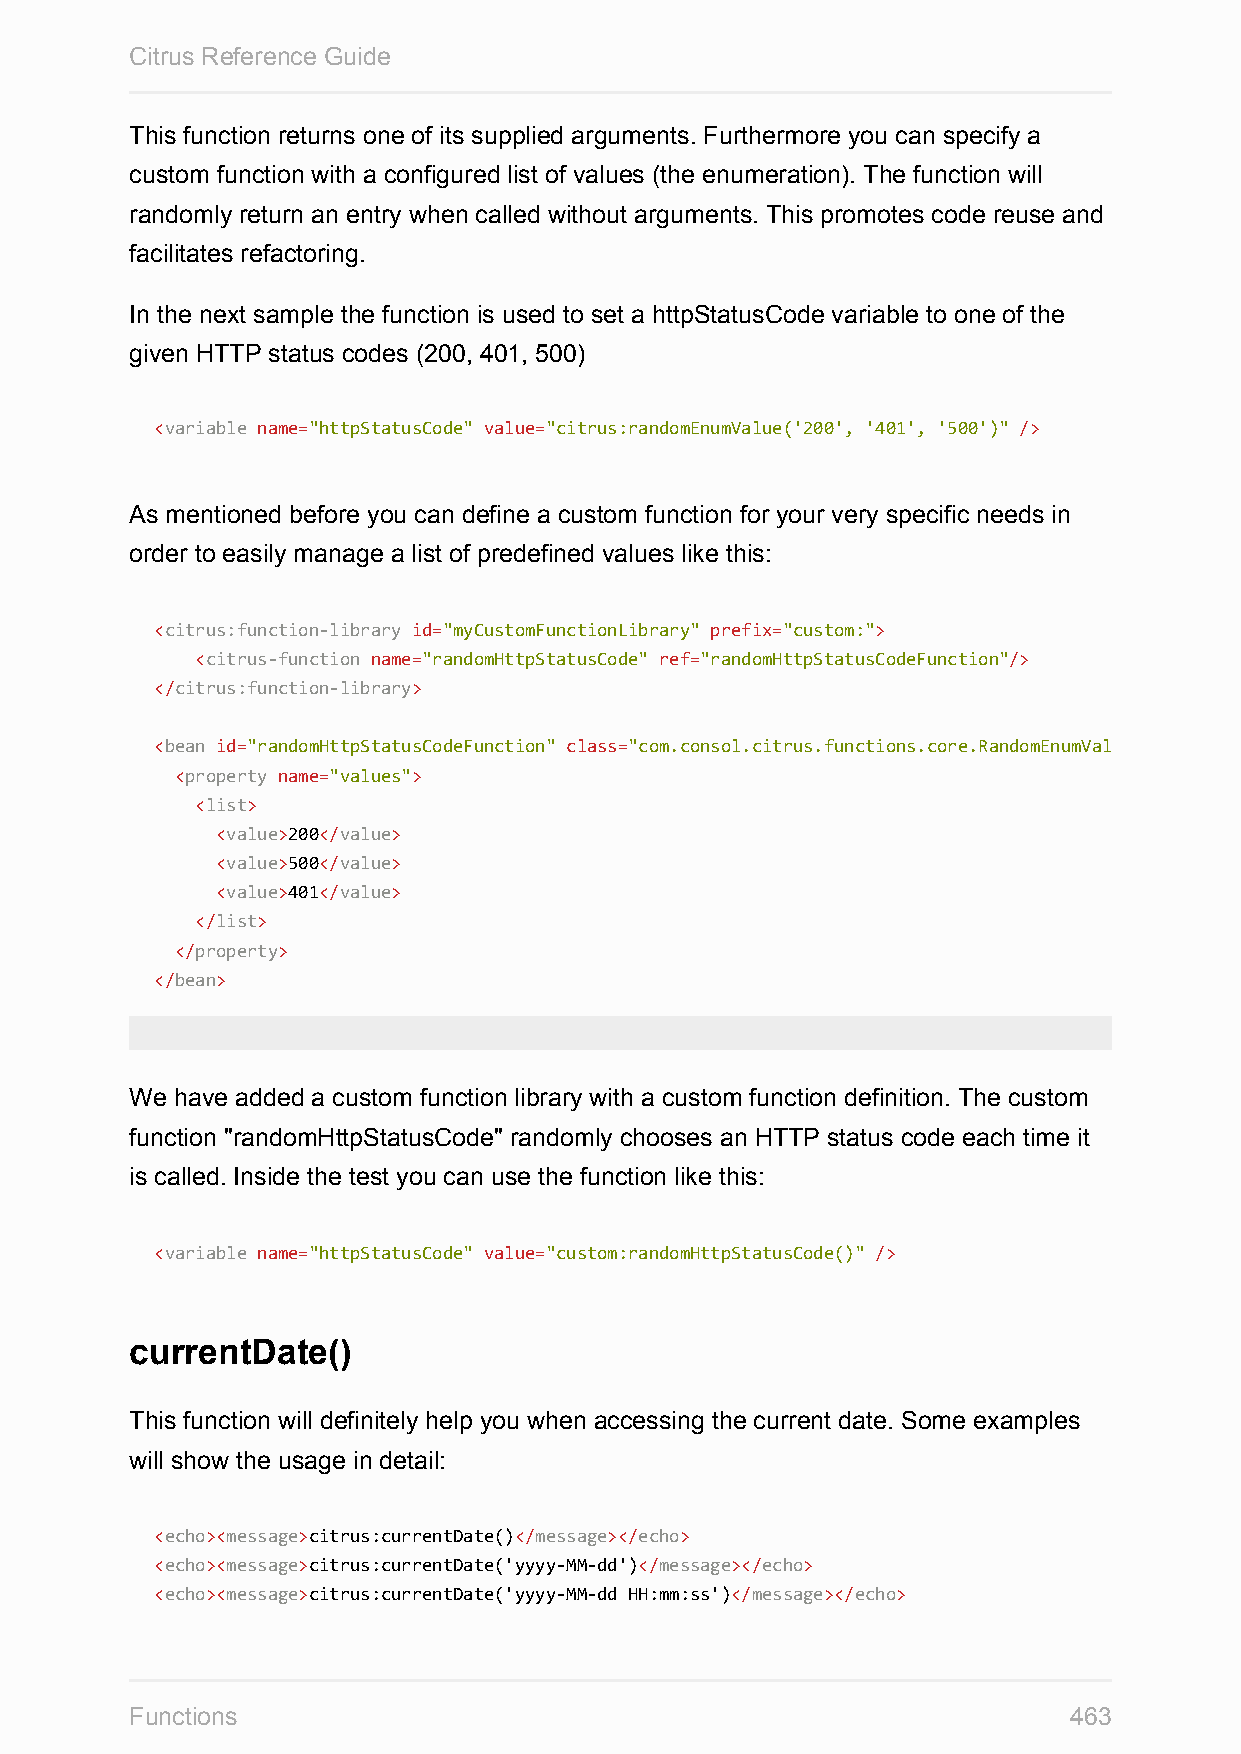
Citrus Reference Guide
 This function returns one of its supplied arguments. Furthermore you can specify a
 custom function with a configured list of values (the enumeration). The function will
 randomly return an entry when called without arguments. This promotes code reuse and
 facilitates refactoring.
 In the next sample the function is used to set a httpStatusCode variable to one of the
 given HTTP status codes (200, 401, 500)
 <variable name="httpStatusCode" value="citrus:randomEnumValue('200', '401', '500')" />
 As mentioned before you can define a custom function for your very specific needs in
 order to easily manage a list of predefined values like this:
 <citrus:function-library id="myCustomFunctionLibrary" prefix="custom:">
 <citrus-function name="randomHttpStatusCode" ref="randomHttpStatusCodeFunction"/>
 </citrus:function-library>
 <bean id="randomHttpStatusCodeFunction" class="com.consol.citrus.functions.core.RandomEnumValueFunction"
 <property name="values">
 <list>
 <value>200</value>
 <value>500</value>
 <value>401</value>
 </list>
 </property>
 </bean>
 We have added a custom function library with a custom function definition. The custom
 function "randomHttpStatusCode" randomly chooses an HTTP status code each time it
 is called. Inside the test you can use the function like this:
 <variable name="httpStatusCode" value="custom:randomHttpStatusCode()" />
 currentDate()
 This function will definitely help you when accessing the current date. Some examples
 will show the usage in detail:
 <echo><message>citrus:currentDate()</message></echo>
 <echo><message>citrus:currentDate('yyyy-MM-dd')</message></echo>
 <echo><message>citrus:currentDate('yyyy-MM-dd HH:mm:ss')</message></echo>
 Functions                                                     463